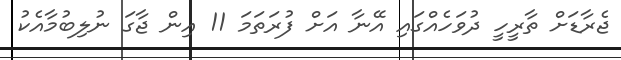
ޖެރާޑަށް ތާރީހީ ދުވަހެއްގައި އޭނާ އަށް ފުރަތަމަ 11 އިން ޖާގަ ނުލިބުމާއެކު